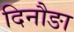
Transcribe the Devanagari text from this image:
दिनौङा